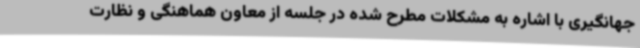
جهانگیری با اشاره به مشکلات مطرح شده در جلسه از معاون هماهنگی و نظارت